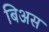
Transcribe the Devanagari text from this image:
बिअस